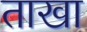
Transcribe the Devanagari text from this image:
ताखा